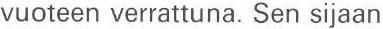
vuoteen verrattuna. Sen sijaan